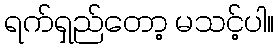
ရက်ရှည်တော့ မသင့်ပါ။